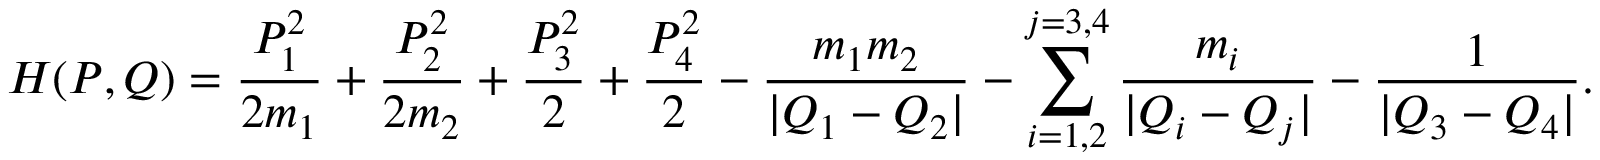
H ( P , Q ) = \frac { P _ { 1 } ^ { 2 } } { 2 m _ { 1 } } + \frac { P _ { 2 } ^ { 2 } } { 2 m _ { 2 } } + \frac { P _ { 3 } ^ { 2 } } { 2 } + \frac { P _ { 4 } ^ { 2 } } { 2 } - \frac { m _ { 1 } m _ { 2 } } { | Q _ { 1 } - Q _ { 2 } | } - \sum _ { i = 1 , 2 } ^ { j = 3 , 4 } \frac { m _ { i } } { | Q _ { i } - Q _ { j } | } - \frac { 1 } { | Q _ { 3 } - Q _ { 4 } | } .